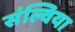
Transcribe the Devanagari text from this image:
संल्विया